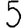
Digit: 5